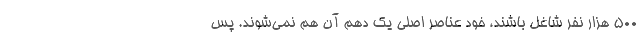
500 هزار نفر شاغل باشند، خود عناصر اصلی یک دهم آن هم نمی‌شوند. پس